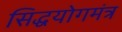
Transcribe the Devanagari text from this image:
सिद्धयोगमंत्र